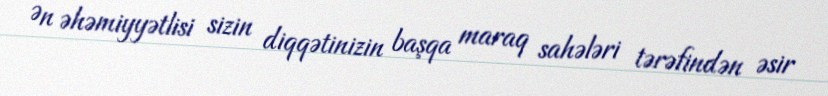
Ən əhəmiyyətlisi sizin diqqətinizin başqa maraq sahələri tərəfindən əsir